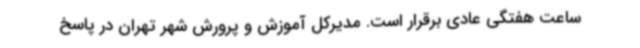
ساعت هفتگی عادی برقرار است. مدیرکل آموزش و پرورش شهر تهران در پاسخ